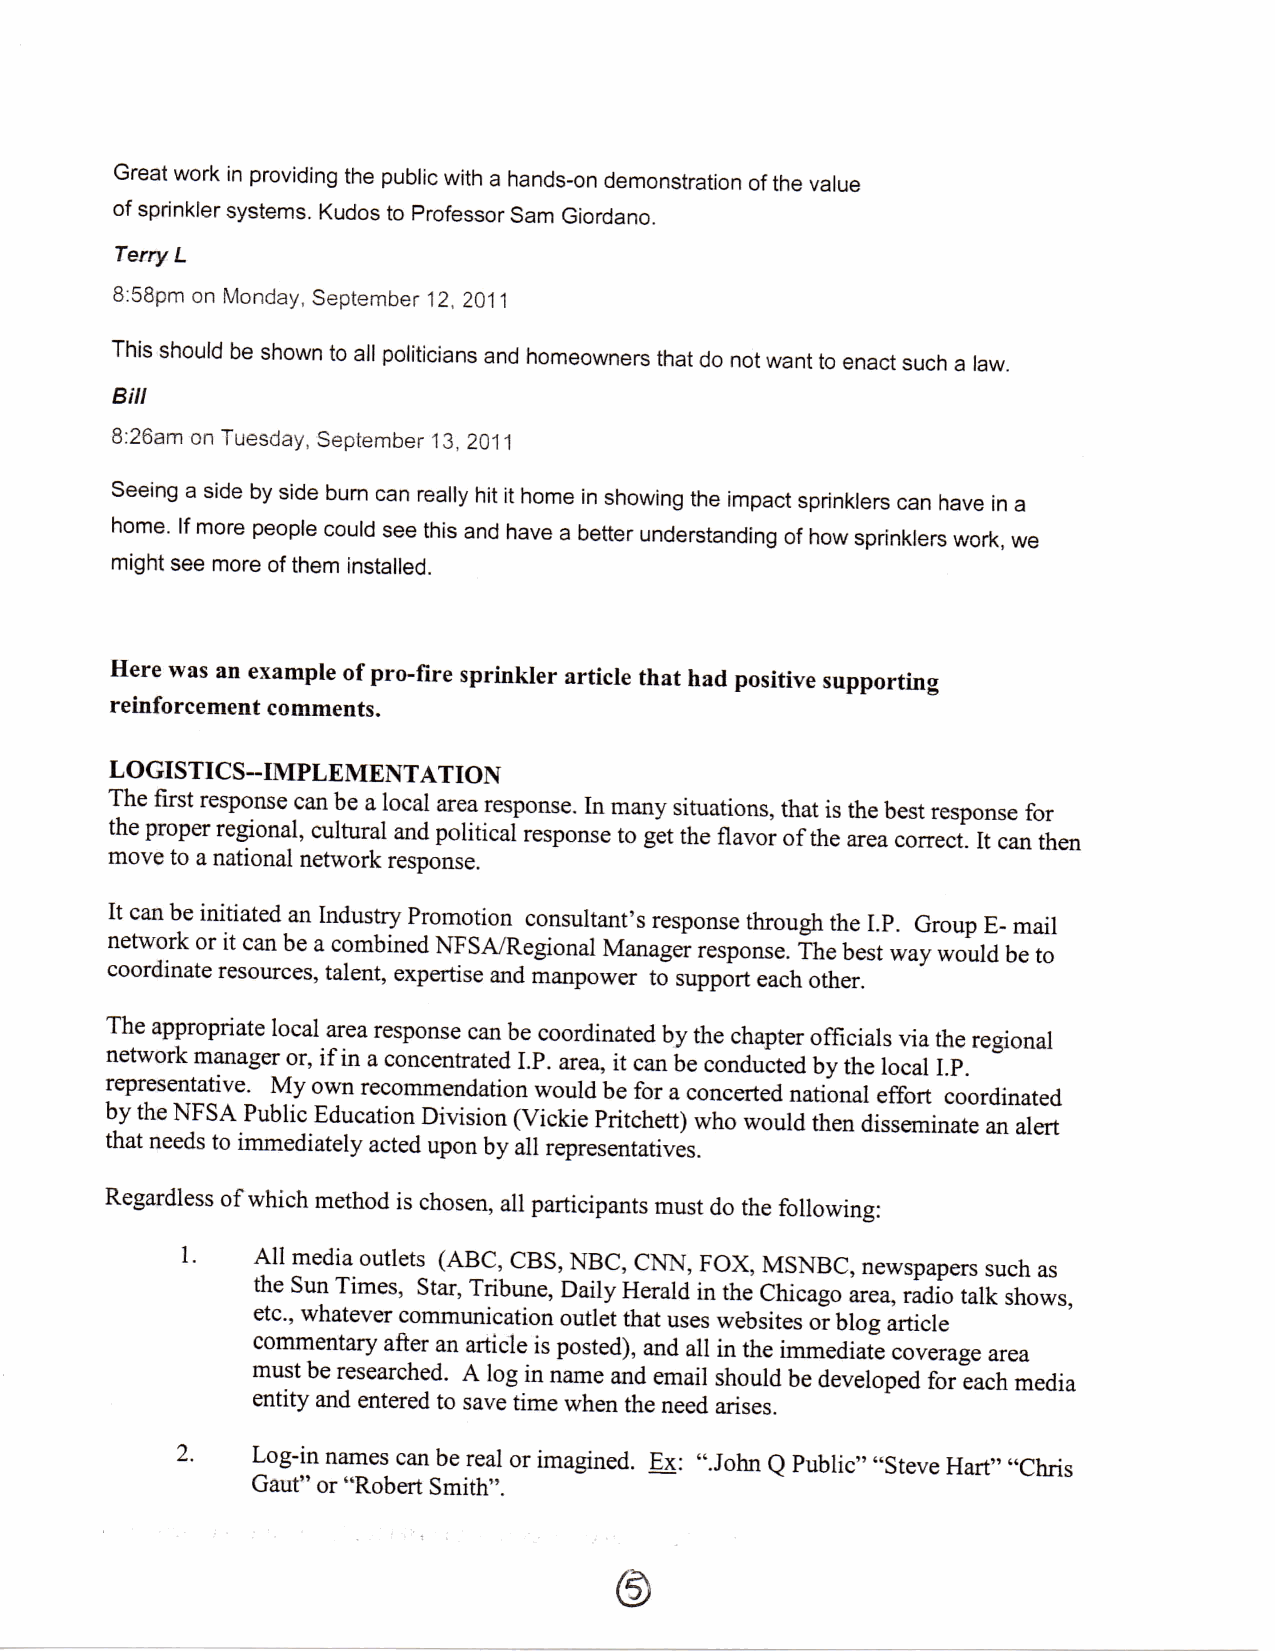
Great work in providing the public with a hands-on demonstration of the value
 of sprinkler systems. Kudos to Professor Sam Giordano.
 Terry L
 8:58pm on Monday, September 12, 2011
 This should be shown to all politicians and homeowners that do not want to enact such a law.
 Bill
 8:26am on Tuesday, September 13, 2011
 Seeing a side by side burn can really hit it home in showing the impact sprinklers can have in a
 home. If more people could see this and have a better understanding of how sprinklers work, we
 might see more of them installed.
 Here was an example of pro-fire sprinkler article that had positive supporting
 reinforcement comments.
 LOGISTICS-IMPLEMENTATION
 The first response can be a local area response. In many situations, that is the best response for
 the proper regional, cultural and political response to get the flavor of the area correct. It can then
 move to a national network response.
 It can be initiated an Industry Promotion consultant's response through the LP. Group E- mail
 network or it can be a combined NFS A/Regional Manager response. The best way would be to
 coordinate resources, talent, expertise and manpower to support each other.
 The appropriate local area response can be coordinated by the chapter officials via the regional
 network manager or, if in a concentrated LP. area, it can be conducted by the local LP.
 representative. My own recommendation would be for a concerted national effort coordinated
 by the NFSA Public Education Division (Vickie Pritchett) who would then disseminate an alert
 that needs to immediately acted upon by all representatives.
 Regardless of which method is chosen, all participants must do the following:
 1.   All media outlets (ABC, CBS, NBC, CNN, FOX, MSNBC, newspapers such as
 the Sun Times, Star, Tribune, Daily Herald in the Chicago area, radio talk shows,
 etc., whatever communication outlet that uses websites or blog article
 commentary after an article is posted), and all in the immediate coverage area
 must be researched. A log in name and email should be developed for each media
 entity and entered to save time when the need arises.
 2.   Log-in names can be real or imagined. Ex: "John Q Public" "Steve Hart" "Chris
 Gaut" or "Robert Smith".